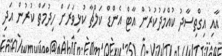
އާއި އިގްތިސާދު ކުއްމަދުކުރުން އާޓް އެންޑް ކަލްޗާ ކުޅިވަރަށް ހިދުމަތް ކުރުން އަދި